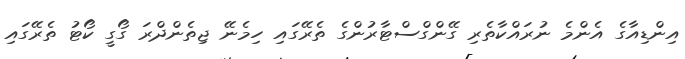
އިންޑިއާގެ އެންމެ ނުރައްކާތެރި ގޭންގްސްޓާރުންގެ ތެރޭގައި ހިމެނޭ ޖިތެންދްރަ ގޯގީ ކޯޓު ތެރޭގައި